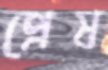
প্রেষ